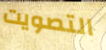
التصويت